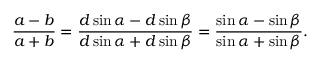
{ \frac { a - b } { a + b } } = { \frac { d \sin \alpha - d \sin \beta } { d \sin \alpha + d \sin \beta } } = { \frac { \sin \alpha - \sin \beta } { \sin \alpha + \sin \beta } } .